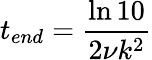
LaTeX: t_{end}=\frac{\ln{10}}{2\nu k^{2}}